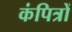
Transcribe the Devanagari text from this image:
कंपित्रों